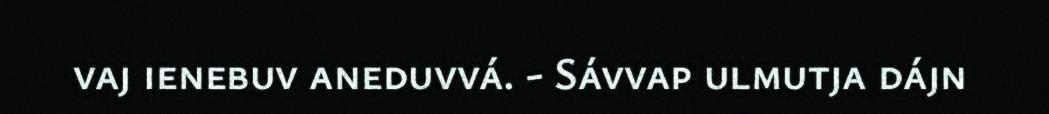
vaj ienebuv aneduvvá. - Sávvap ulmutja dájn